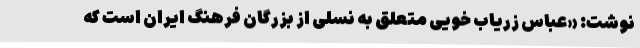
نوشت: «عباس زریاب‌ خویی متعلق به نسلی از بزرگان فرهنگ ایران است که